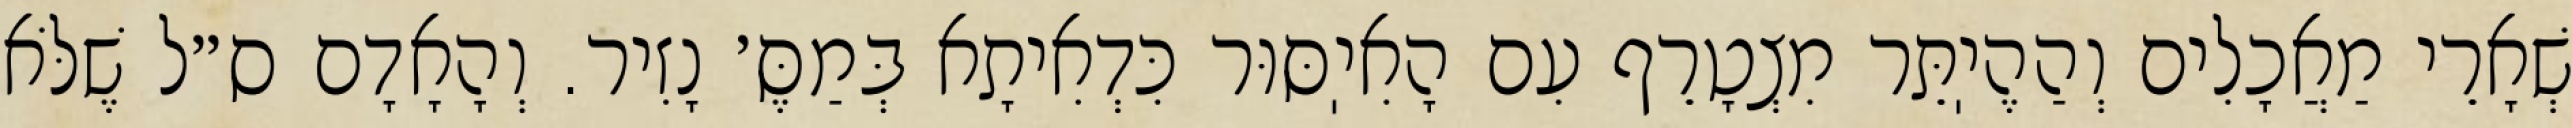
שְׁאָרֵי מַאֲכָלִים וְהַהֶיֽתֵּר מִצְטָרֵף עִם הָאִיֽסּוּר כִּדְאִיתָא בְּמַסֶּ׳ נָזִיר. וְהָאָדָם ס״ל שֶׁלֹּא